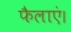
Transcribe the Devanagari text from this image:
फैलाएं।